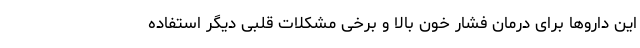
این داروها برای درمان فشار خون بالا و برخی مشکلات قلبی دیگر استفاده